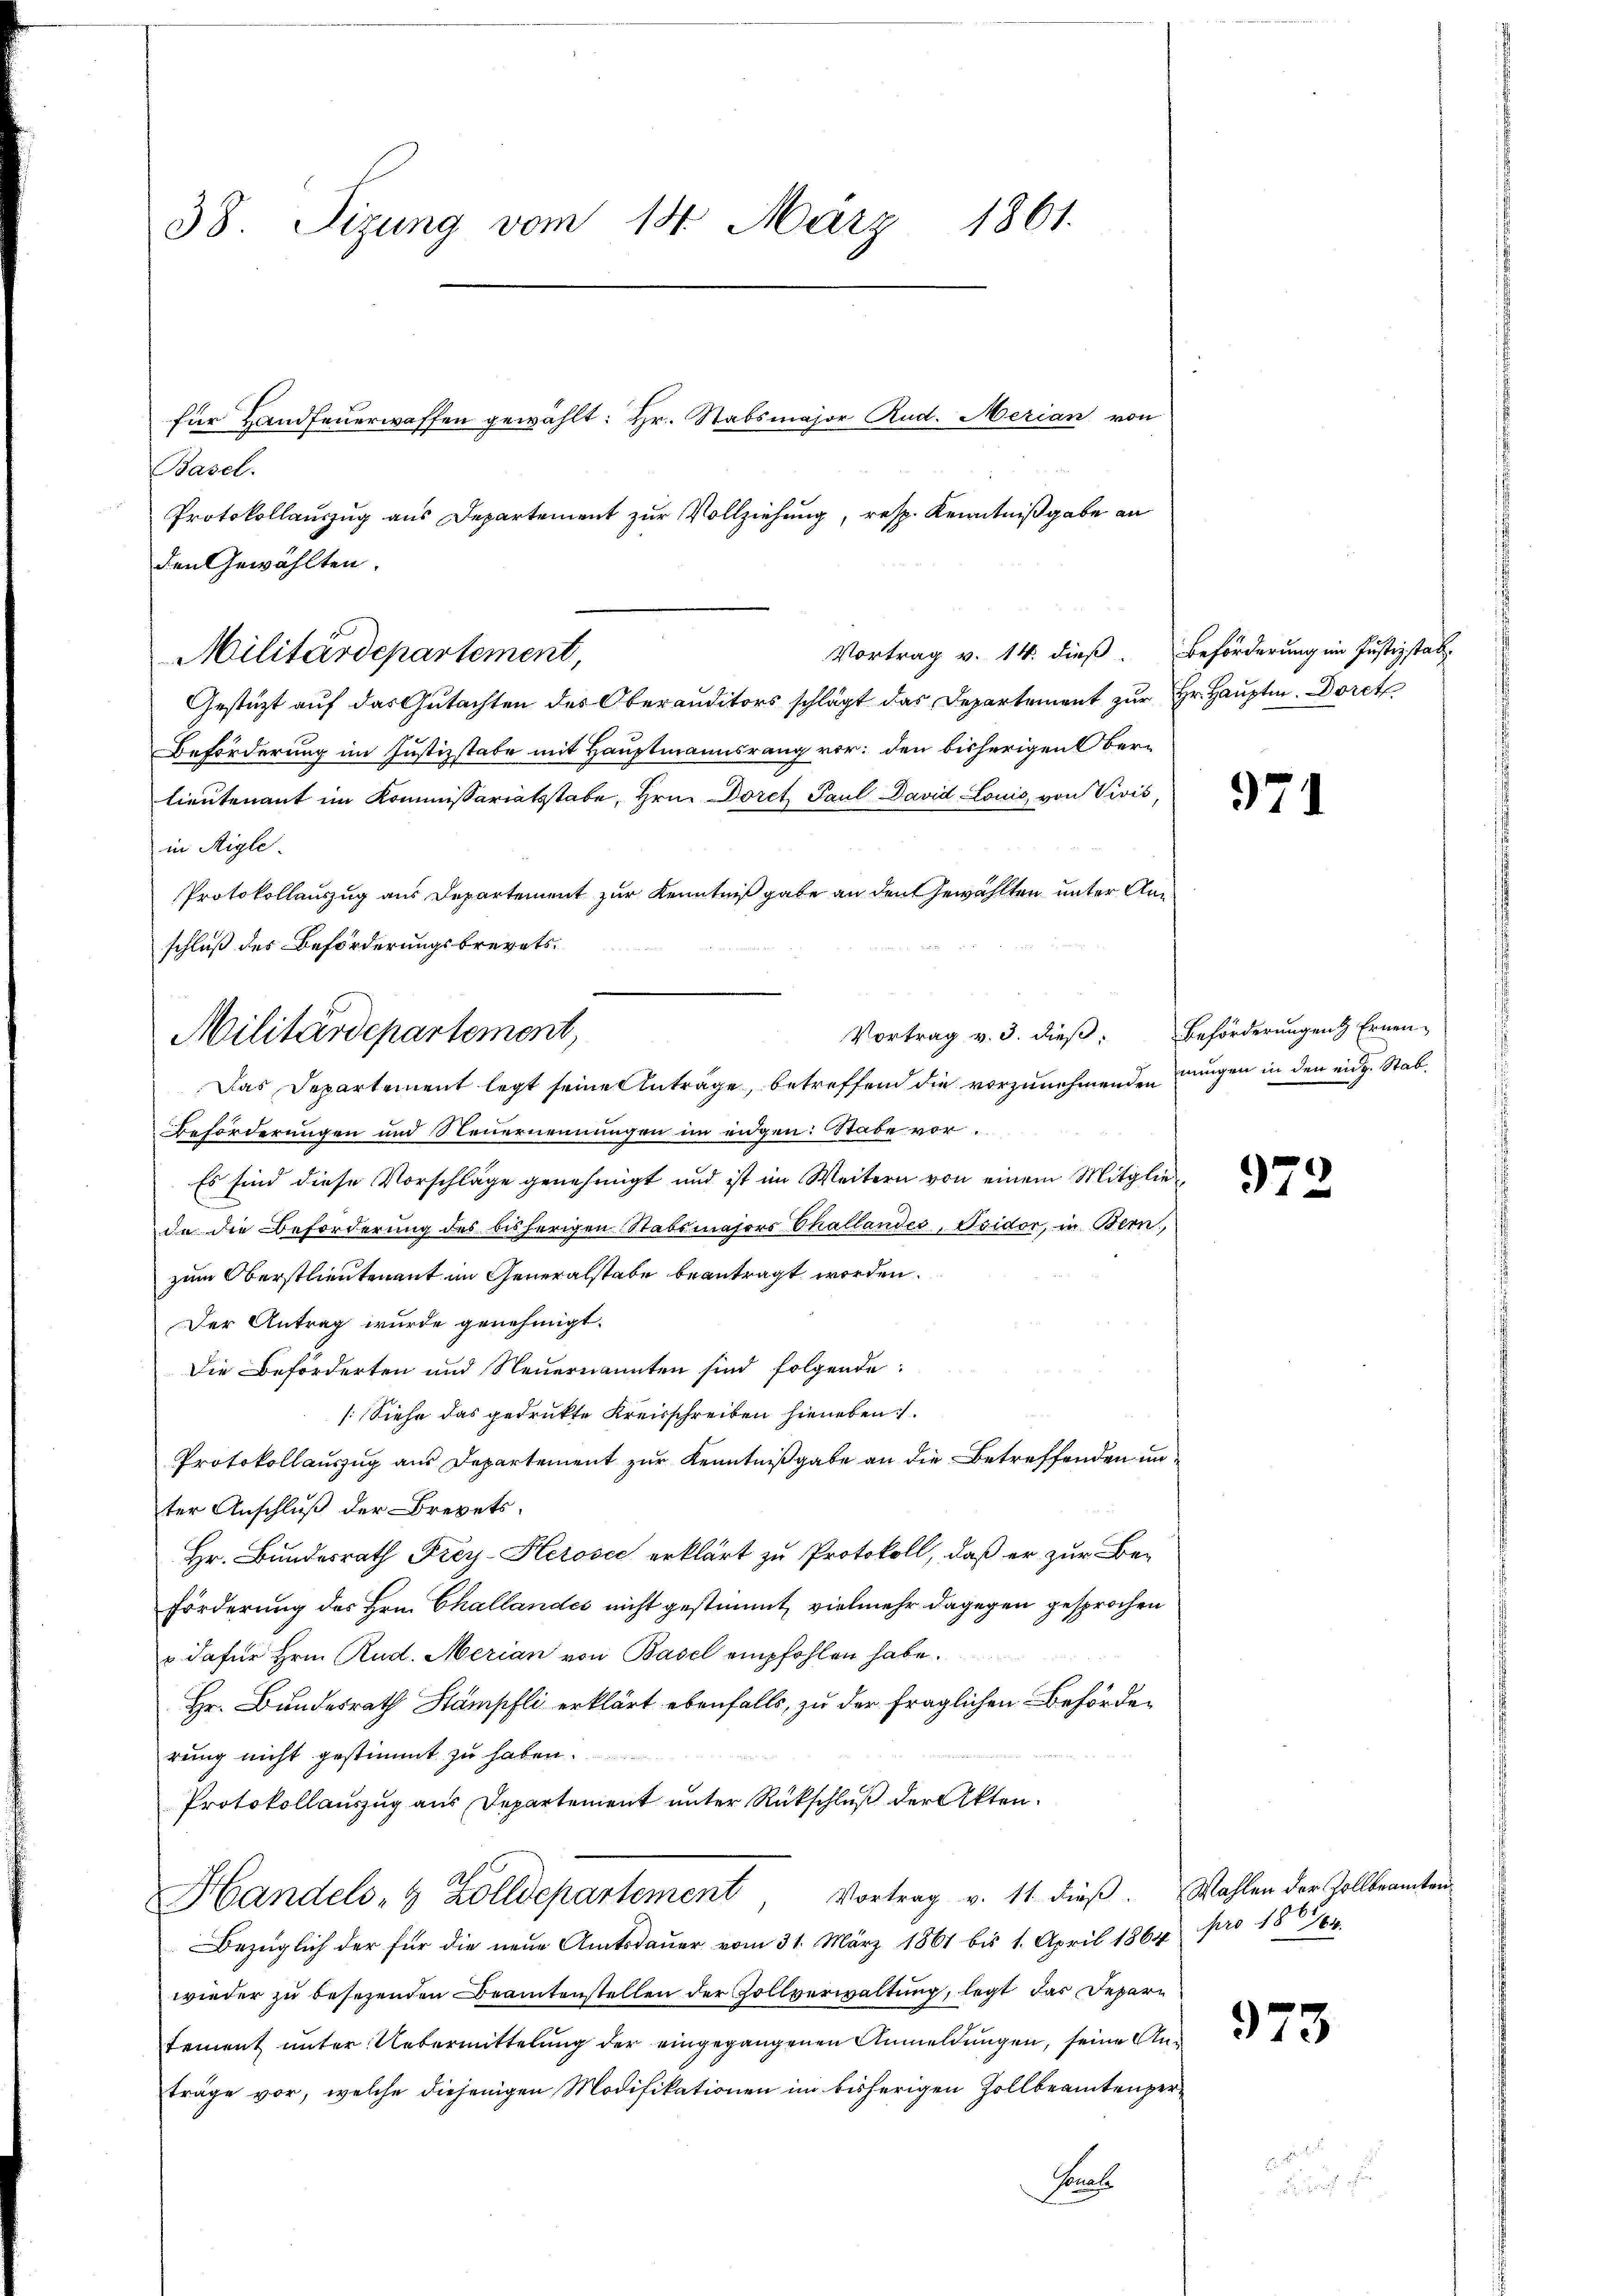
38. Sizung vom 14. März 1861.

Basel.
Vortrag v. 14. dieß. Beförderung im Justizstat
Gestützt auf das Gutachten des Oberanditors schlägt das Departement zur Hr. Hauptm. Doret
Beförderung im Justizstabe mit Hauptmannsrang vor: den bisherigen Oberlieutenant im Kommissariatsstabe, Hrn. Doret Paul David Louis von Vivis,
in Aigle.
Protokollauszug aus Departement zur Kenntniß gabe an den Gewählten unter Anschluß des Beförderungsbrevets¬
Beförderungen und Steuernennungen im eidgen: Stabe vor.
Es sind diese Vorschläge genehmigt und ist im Weitern von einem Mitglieda die Beforderung des bisherigen Stabsmajors Thallandes, Osidor, in Bern,
zum Oberstlieutenant im Generalstabe beantragt worden.
Der Antrag wurde genehmigt.
Die Beförderten und Steuernannten sind folgende:
[Siehe das gedrukte Kreisschreiben hieneben
Protokollauszug aus Departement zur Kenntnißgabe an die Betreffenden unter Anschluß der Brevets.
Hr. Bundesrath Frey-Herose erklärt zu Protokoll, daß er zur Be¬
Förderung des Hrn. Challandes nicht gestimmt, vielmehr dagegen gesprochen
u dafür Hrn. Rud. Merian von Basel empfohlen habe.
Hr. Bundesrath Stämpfli erklärt ebenfalls, zu der fraglichen Behörderung nicht gestimmt zu haben.
Protokollauszug aus Departement unter Rückschluß der Akten.
Handels- & Zolldepartement, Vortrag v. 11. dieβ. Wahlen der Zollbeamten
Bezüglich der für die neŭe Amtsdaŭer vom 31. März 1861 bis 1. April 1864 pro 180764
wieder zu besezenden Beamtenstellen der Zollverwaltung, legt das Departement unter Uebermittelung der eingegangenen Anmeldungen, seine Anträge vor, welche diejenigen Modifikationen im bisherigen Zollbeamten personale

für Handfeuerwaffen gewählt: Hr. Stabsmajor Rud. Merian von

den Gewählten.
Militärdepartement,

Militärdepartement,
Das Departement legt seine Anträge, betreffend die vorzunehmenden eingen in den eidg. Stab¬

Protokollauszug aus Departement zur Vollziehung, resp. Kenntnißgabe an

971

Vortrag v. 3. dieß. Beförderungen Ernen-

972

973